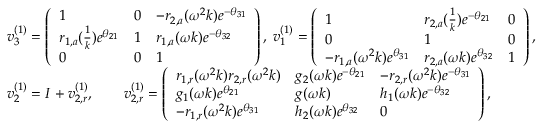
\begin{array} { r l } & { v _ { 3 } ^ { ( 1 ) } = \left( \begin{array} { l l l } { 1 } & { 0 } & { - r _ { 2 , a } ( \omega ^ { 2 } k ) e ^ { - \theta _ { 3 1 } } } \\ { r _ { 1 , a } ( \frac { 1 } { k } ) e ^ { \theta _ { 2 1 } } } & { 1 } & { r _ { 1 , a } ( \omega k ) e ^ { - \theta _ { 3 2 } } } \\ { 0 } & { 0 } & { 1 } \end{array} \right) , \; v _ { 1 } ^ { ( 1 ) } = \left( \begin{array} { l l l } { 1 } & { r _ { 2 , a } ( \frac { 1 } { k } ) e ^ { - \theta _ { 2 1 } } } & { 0 } \\ { 0 } & { 1 } & { 0 } \\ { - r _ { 1 , a } ( \omega ^ { 2 } k ) e ^ { \theta _ { 3 1 } } } & { r _ { 2 , a } ( \omega k ) e ^ { \theta _ { 3 2 } } } & { 1 } \end{array} \right) , } \\ & { v _ { 2 } ^ { ( 1 ) } = I + v _ { 2 , r } ^ { ( 1 ) } , \qquad v _ { 2 , r } ^ { ( 1 ) } = \left( \begin{array} { l l l } { r _ { 1 , r } ( \omega ^ { 2 } k ) r _ { 2 , r } ( \omega ^ { 2 } k ) } & { g _ { 2 } ( \omega k ) e ^ { - \theta _ { 2 1 } } } & { - r _ { 2 , r } ( \omega ^ { 2 } k ) e ^ { - \theta _ { 3 1 } } } \\ { g _ { 1 } ( \omega k ) e ^ { \theta _ { 2 1 } } } & { g ( \omega k ) } & { h _ { 1 } ( \omega k ) e ^ { - \theta _ { 3 2 } } } \\ { - r _ { 1 , r } ( \omega ^ { 2 } k ) e ^ { \theta _ { 3 1 } } } & { h _ { 2 } ( \omega k ) e ^ { \theta _ { 3 2 } } } & { 0 } \end{array} \right) , } \end{array}